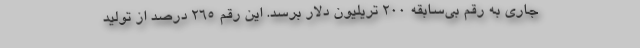
جاری به رقم بی‌سابقه 200 تریلیون دلار برسد. این رقم 265 درصد از تولید